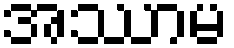
အဿာမ